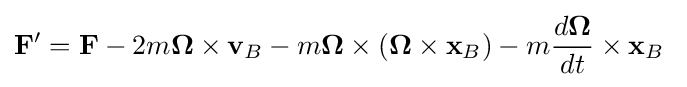
\mathbf {F} '=\mathbf {F} -2m\mathbf {\Omega } \times \mathbf {v} _{B}-m\mathbf {\Omega } \times (\mathbf {\Omega } \times \mathbf {x} _{B})-m{\frac {d\mathbf {\Omega } }{dt}}\times \mathbf {x} _{B}\